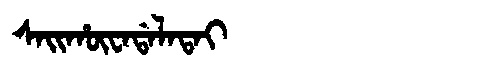
Manchu: ᠰᠠᡳᡥᡡᠸᠠᡩᠠᠯᠠᡨᠠᡳ
Romanization: SAIHŪWADALATAI